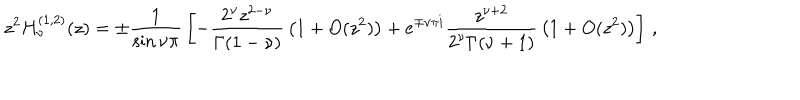
z ^ { 2 } H _ { \nu } ^ { ( 1 , 2 ) } ( z ) = \pm { \frac { 1 } { \sin { \nu \pi } } } \left[ - { \frac { 2 ^ { \nu } z ^ { 2 - \nu } } { \Gamma ( 1 - \nu ) } } \left( 1 + O ( z ^ { 2 } ) \right) + e ^ { \mp \nu \pi i } { \frac { z ^ { \nu + 2 } } { 2 ^ { \nu } \Gamma ( \nu + 1 ) } } \left( 1 + O ( z ^ { 2 } ) \right) \right] \, ,